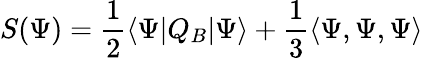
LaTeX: S(\Psi)={\frac{1}{2}}\langle\Psi|Q_{B}|\Psi\rangle+{\frac{1}{3}}\langle\Psi,\Psi,\Psi\rangle